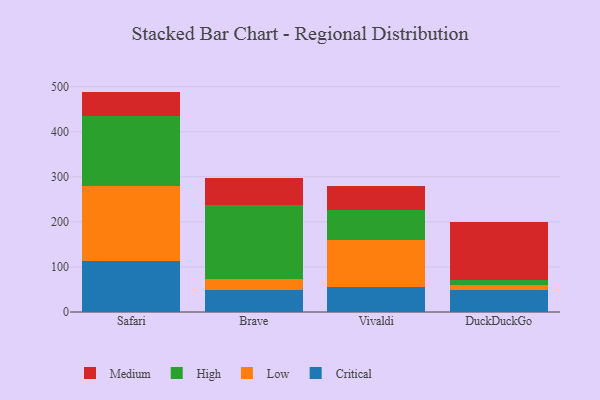
{"axis": {"x": "Browser", "y": "Headcount"}, "legend": ["Critical", "High", "Low", "Medium"], "data": [{"x": "Safari", "y": 114.0, "type": "Critical"}, {"x": "Safari", "y": 164.9, "type": "Low"}, {"x": "Safari", "y": 155.0, "type": "High"}, {"x": "Safari", "y": 55.2, "type": "Medium"}, {"x": "Brave", "y": 47.9, "type": "Critical"}, {"x": "Brave", "y": 24.7, "type": "Low"}, {"x": "Brave", "y": 165.4, "type": "High"}, {"x": "Brave", "y": 59.5, "type": "Medium"}, {"x": "Vivaldi", "y": 56.0, "type": "Critical"}, {"x": "Vivaldi", "y": 104.1, "type": "Low"}, {"x": "Vivaldi", "y": 66.1, "type": "High"}, {"x": "Vivaldi", "y": 53.4, "type": "Medium"}, {"x": "DuckDuckGo", "y": 48.3, "type": "Critical"}, {"x": "DuckDuckGo", "y": 11.7, "type": "Low"}, {"x": "DuckDuckGo", "y": 11.6, "type": "High"}, {"x": "DuckDuckGo", "y": 127.1, "type": "Medium"}]}